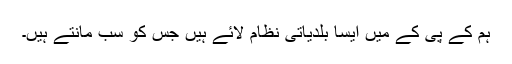
ہم کے پی کے میں ایسا بلدیاتی نظام لائے ہیں جس کو سب مانتے ہیں۔